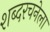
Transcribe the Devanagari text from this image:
शब्दरचनेला